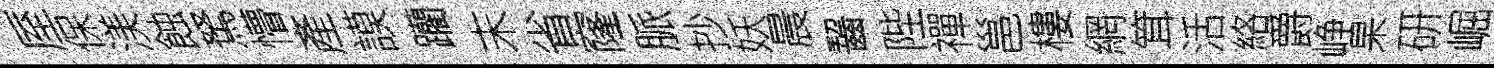
厔保渼蝕駑懵產謨躪末省窿脈抄妖晨齧陛禪邕樓網䇯活絡爵峥杲研崛